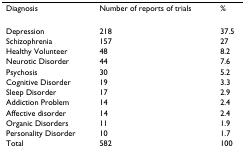
<table><thead><tr><td><b>Diagnosis</b></td><td><b>Number of reports of trials</b></td><td><b>%</b></td></tr></thead><tbody><tr><td>Depression</td><td>218</td><td>37.5</td></tr><tr><td>Schizophrenia</td><td>157</td><td>27</td></tr><tr><td>Healthy Volunteer</td><td>48</td><td>8.2</td></tr><tr><td>Neurotic Disorder</td><td>44</td><td>7.6</td></tr><tr><td>Psychosis</td><td>30</td><td>5.2</td></tr><tr><td>Cognitive Disorder</td><td>19</td><td>3.3</td></tr><tr><td>Sleep Disorder</td><td>17</td><td>2.9</td></tr><tr><td>Addiction Problem</td><td>14</td><td>2.4</td></tr><tr><td>Affective disorder</td><td>14</td><td>2.4</td></tr><tr><td>Organic Disorders</td><td>11</td><td>1.9</td></tr><tr><td>Personality Disorder</td><td>10</td><td>1.7</td></tr><tr><td>Total</td><td>582</td><td>100</td></tr></tbody></table>